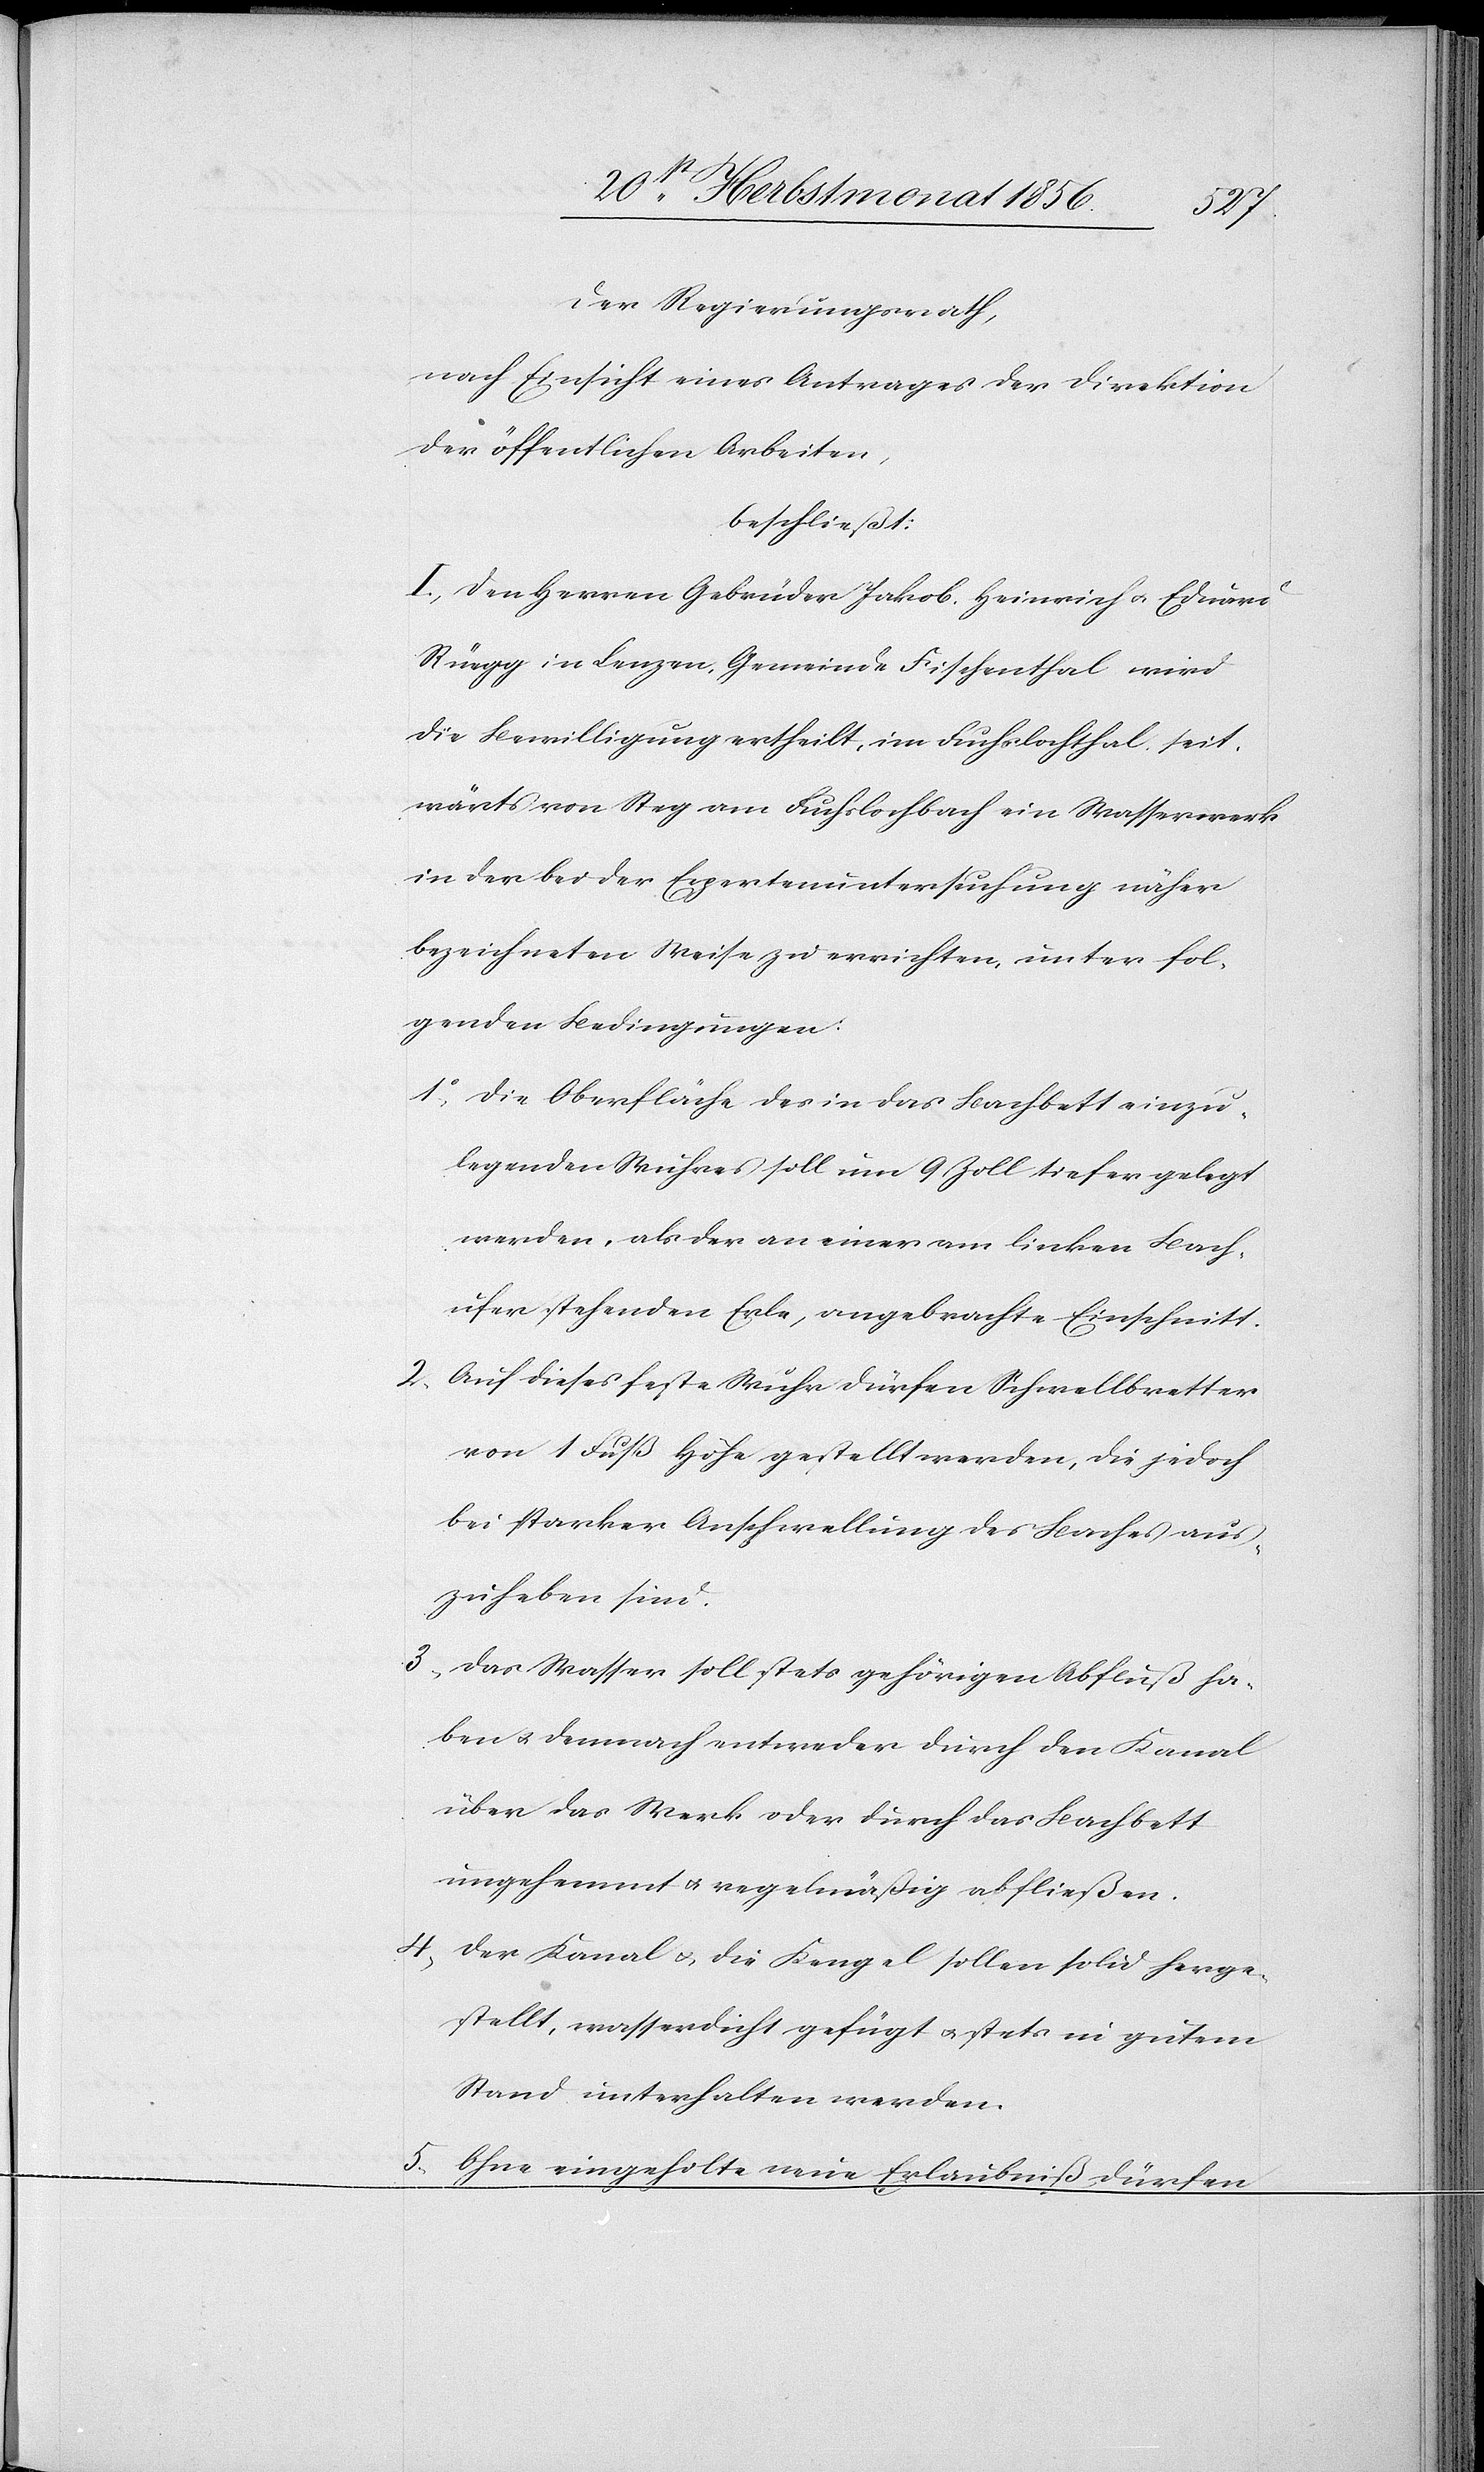
Der Regierungsrath,
nach Einsicht eines Antrages der Direktion
der öffentlichen Arbeiten,
beschließt:
I.) Den Herren Gebrüder Jakob Heinrich u. Eduard
Rüegg in Lenzen, Gemeinde Fischenthal, wird
die Bewilligung ertheilt, im Fuchslochthal, seit¬
wärts von Steg am Fuchslochbach ein Wasserwerk
in der bei der Expertenuntersuchung näher
bezeichneten Weise zu errichten, unter fol¬
genden Bedingungen:
1.) Die Oberfläche des in das Bachbett einzu¬
legenden Wuhres soll um 9 Zoll tiefer gelegt
werden, als der an einer am linken Bach¬
ufer stehenden Erle, angebrachte Einschnitt.
2.) Auf dieses feste Wuhr dürfen Schwellbretter
von 1 Fuß Höhe gestellt werden, die jedoch
bei starker Anschwellung des Baches aus¬
zuheben sind.
3.) Das Wasser soll stets gehörigen Abfluß ha¬
ben u. demnach entweder durch den Kanal
über das Werk oder durch das Bachbett
ungehemmt u. regelmäßig abfließen.
4.) Der Kanal u. die Kengel sollen solid herge¬
stellt, wasserdicht gefügt u. stets in gutem
Stand unterhalten werden.
5.) Ohne eingeholte Erlaubniß dürfen